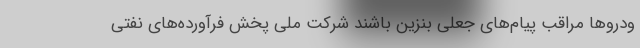
ودروها مراقب پیام‌های جعلی بنزین باشند شرکت ملی پخش فرآورده‌های نفتی